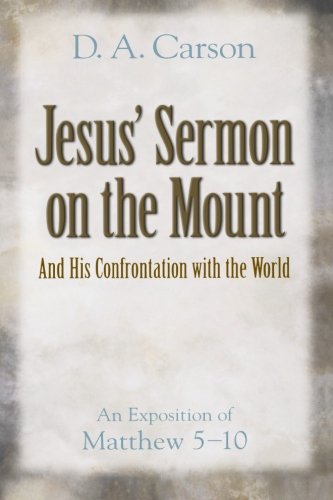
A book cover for Jesus' Sermon on the Mount and His Confrontation with the World: An Exposition of Matthew 5-10; D. A. Carson; Christian Books & Bibles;